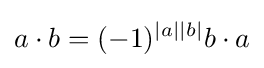
a\cdot b=(-1)^{|a||b|}b\cdot a